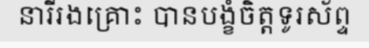
នារីរងគ្រោះ បានបង្ខំចិត្តទូរស័ព្ទ